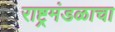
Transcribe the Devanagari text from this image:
राष्ट्रमंडळाचा